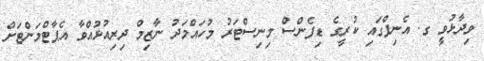
ވިދާޅުވީ ގ. އެނިފްގައި ކުރީގެ ޑިފެންސް މިނިސްޓަރު މުހައްމަދު ނާޒިމް ދިރިއުޅުއްވާ އެޕާޓްމަންޓަށް